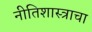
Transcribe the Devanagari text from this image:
नीतिशास्त्राचा